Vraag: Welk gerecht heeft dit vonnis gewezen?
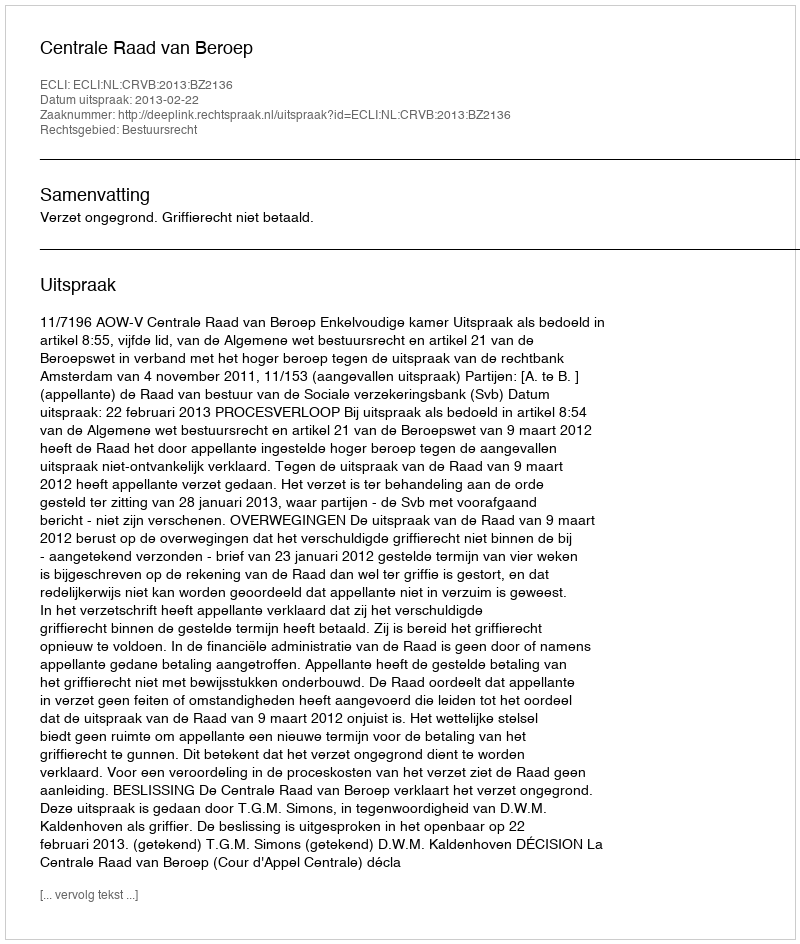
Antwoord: Centrale Raad van Beroep